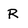
Character: R